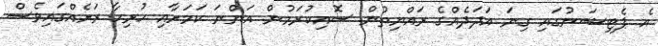
އެ ޕެޓިޝަނުގައި ގިނަ އަދަދެއްގެ ރައްޔިތުން ސޮއިކުރަމުން އަންނަ ކަމަށާއި ހުރިހާ ރަށެއްގައިވެސް